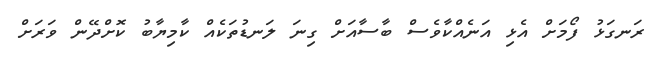
ރަނގަޅު ފޯމަށް އެޅި އަނެއްކާވެސް ބާސާއަށް ގިނަ ލަނޑުތަކެއް ކާމިޔާބު ކޮށްދޭން ވަރަށް